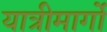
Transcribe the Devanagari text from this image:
यात्रीमार्गो